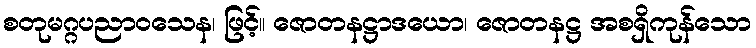
စတုမဂ္ဂပညာဝသေန၊ ဖြင့်။ ဇောတနဋ္ဌာဒယော၊ ဇောတနဋ္ဌ အစရှိကုန်သော